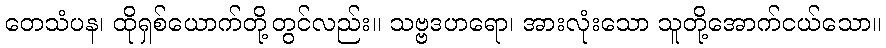
တေသံပန၊ ထိုရှစ်ယောက်တို့တွင်လည်း။ သဗ္ဗဒဟရော၊ အားလုံးသော သူတို့အောက်ငယ်သော။